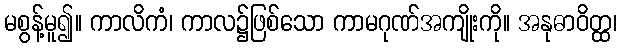
မစွန့်မူ၍။ ကာလိကံ၊ ကာလ၌ဖြစ်သော ကာမဂုဏ်အကျိုးကို။ အနုဓာဝိတ္ထ၊